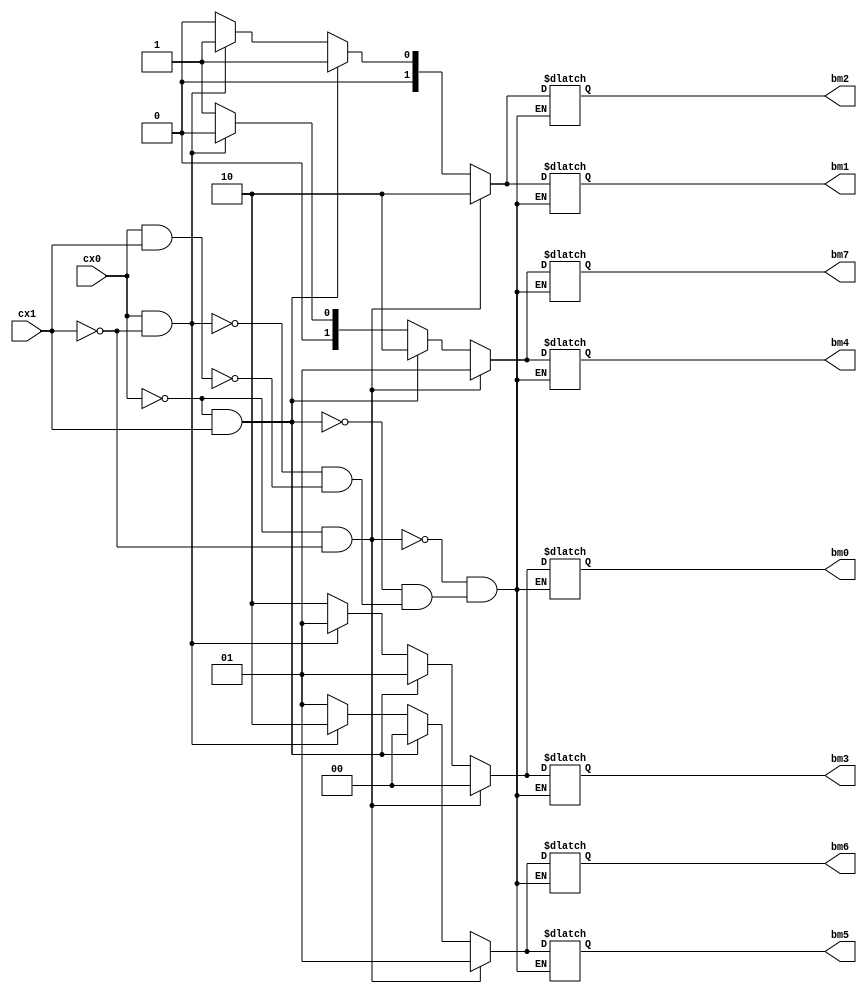
///////////////////////////////////////////////////////////////////////////////
/// Andrew Mattheisen 
/// Zhiyang Ong 
///
/// EE-577b 2007 fall
/// VITERBI DECODER 
/// bmu module
///
///////////////////////////////////////////////////////////////////////////////

module bmu (cx0, cx1, bm0, bm1, bm2, bm3, bm4, bm5, bm6, bm7);

   // outputs
   output [1:0] bm0, bm1, bm2, bm3, bm4, bm5, bm6, bm7;

   // inputs
   input  	cx0, cx1;

   // registers
   reg [1:0] 	bm0, bm1, bm2, bm3, bm4, bm5, bm6, bm7;

   always@ (cx0 or cx1)
	 begin
	    if (cx0==0 && cx1==0)
	      begin
	        bm0 <= 2'd0; // this is going from 00 to 00
	    	bm1 <= 2'd2; // this is going from 00 to 10
	   	bm2 <= 2'd2; // this is going from 01 to 00
	    	bm3 <= 2'd0; // this is going from 01 to 10
	    	bm4 <= 2'd1; // this is going from 10 to 01
	    	bm5 <= 2'd1; // this is going from 10 to 11
	    	bm6 <= 2'd1; // this is going from 11 to 01
	    	bm7 <= 2'd1; // this is going from 11 to 11
	      end
	    else if (cx0==0 && cx1==1)
	      begin
	        bm0 <= 2'd1; // this is going from 00 to 00
	    	bm1 <= 2'd1; // this is going from 00 to 10
	   	bm2 <= 2'd1; // this is going from 01 to 00
	    	bm3 <= 2'd1; // this is going from 01 to 10
	    	bm4 <= 2'd2; // this is going from 10 to 01
	    	bm5 <= 2'd0; // this is going from 10 to 11
	    	bm6 <= 2'd0; // this is going from 11 to 01
	    	bm7 <= 2'd2; // this is going from 11 to 11
	      end
	    else if (cx0==1 && cx1==0)
	      begin
	        bm0 <= 2'd1; // this is going from 00 to 00
	    	bm1 <= 2'd1; // this is going from 00 to 10
	   	bm2 <= 2'd1; // this is going from 01 to 00
	    	bm3 <= 2'd1; // this is going from 01 to 10
	    	bm4 <= 2'd0; // this is going from 10 to 01
	    	bm5 <= 2'd2; // this is going from 10 to 11
	    	bm6 <= 2'd2; // this is going from 11 to 01
	    	bm7 <= 2'd0; // this is going from 11 to 11
	      end
	    else if (cx0==1 && cx1==1)
	      begin
	        bm0 <= 2'd2; // this is going from 00 to 00
	    	bm1 <= 2'd0; // this is going from 00 to 10
	   	bm2 <= 2'd0; // this is going from 01 to 00
	    	bm3 <= 2'd2; // this is going from 01 to 10
	    	bm4 <= 2'd1; // this is going from 10 to 01
	    	bm5 <= 2'd1; // this is going from 10 to 11
	    	bm6 <= 2'd1; // this is going from 11 to 01
	    	bm7 <= 2'd1; // this is going from 11 to 11
	      end

	 end // always @ (posedge clk)
endmodule